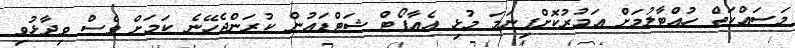
މަސައްކަތް ހުއްޓާލުމަށް އަމުރުކޮށްފިނަމަ މުޅި އެއާޕޯޓް ޝަޓްޑައުން ކުރަންޖެހޭނެ ކަމަށް ވެސް ވިދާޅުވި